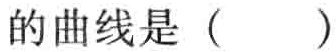
的曲线是（  ）